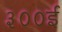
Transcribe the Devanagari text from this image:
३००ई